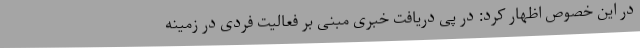
در این خصوص اظهار کرد: در پی دریافت خبری مبنی بر فعالیت فردی در زمینه